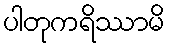
ပါတုကရိဿာမိ